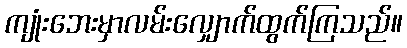
ကျုံးဘေးမှာလမ်းလျှောက်ထွက်ကြသည်။